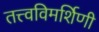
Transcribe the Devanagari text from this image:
तत्त्वविमर्शिणी